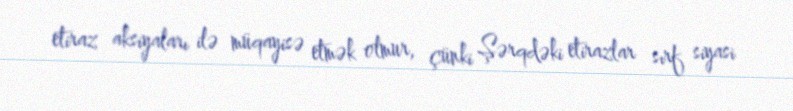
etiraz aksiyaları ilə müqayisə etmək olmur, çünki Şərqdəki etirazlar sırf siyasi